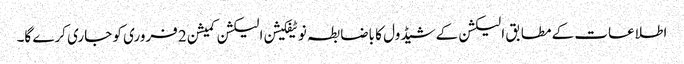
اطلاعات کے مطابق الیکشن کے شیڈول کا باضابطہ نوٹیفکیشن الیکشن کمیشن 2 فروری کو جاری کرے گا۔